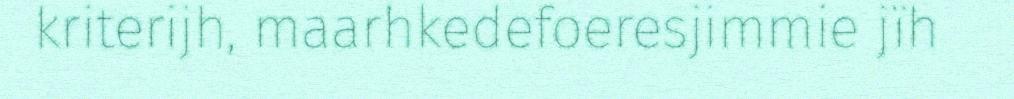
kriterijh, maarhkedefoeresjimmie jïh